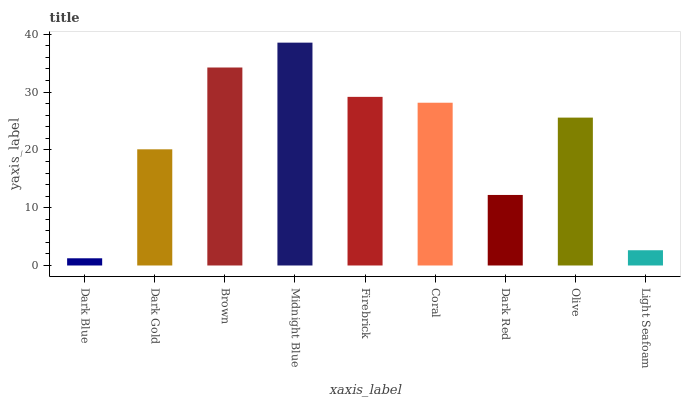
| xaxis_label | bars |
 | --- | --- |
 | Dark Blue | 1.25 |
 | Dark Gold | 20.1 |
 | Brown | 34.3 |
 | Midnight Blue | 38.6 |
 | Firebrick | 29.2 |
 | Coral | 28.2 |
 | Dark Red | 12.2 |
 | Olive | 25.6 |
 | Light Seafoam | 2.64 |